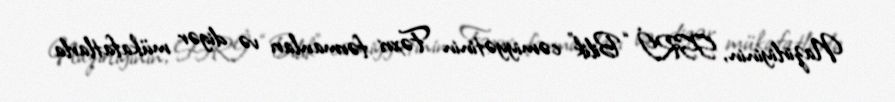
Nazirliyinin, SSRİ “Bilik” cəmiyyətinin Fəxri fərmanları və digər mükafatlarla